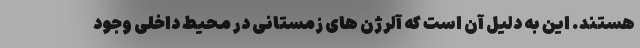
هستند. این به دلیل آن است که آلرژن های زمستانی در محیط داخلی وجود